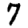
Digit: 7